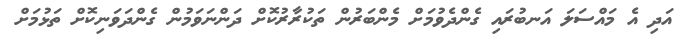
އަދި އެ މައްސަލަ އަނބުރައި ގެންދެވުމަށް މެންބަރުން ތަކުރާރުކޮށް ދަންނަވަމުން ގެންދަވަނިކޮށް ތަޅުމަށް